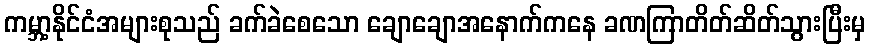
ကမ္ဘာ့နိုင်ငံအများစုသည် ခက်ခဲစေသော ချောချောအနောက်ကနေ ခဏကြာတိတ်ဆိတ်သွားပြီးမှ